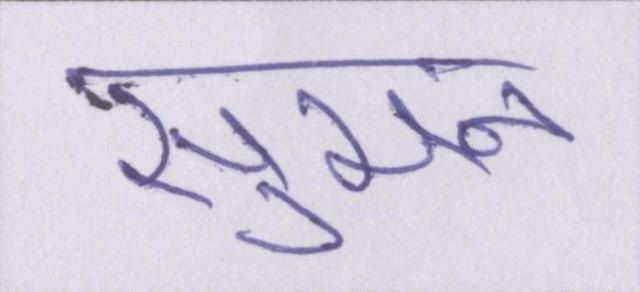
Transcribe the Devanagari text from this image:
सुमन